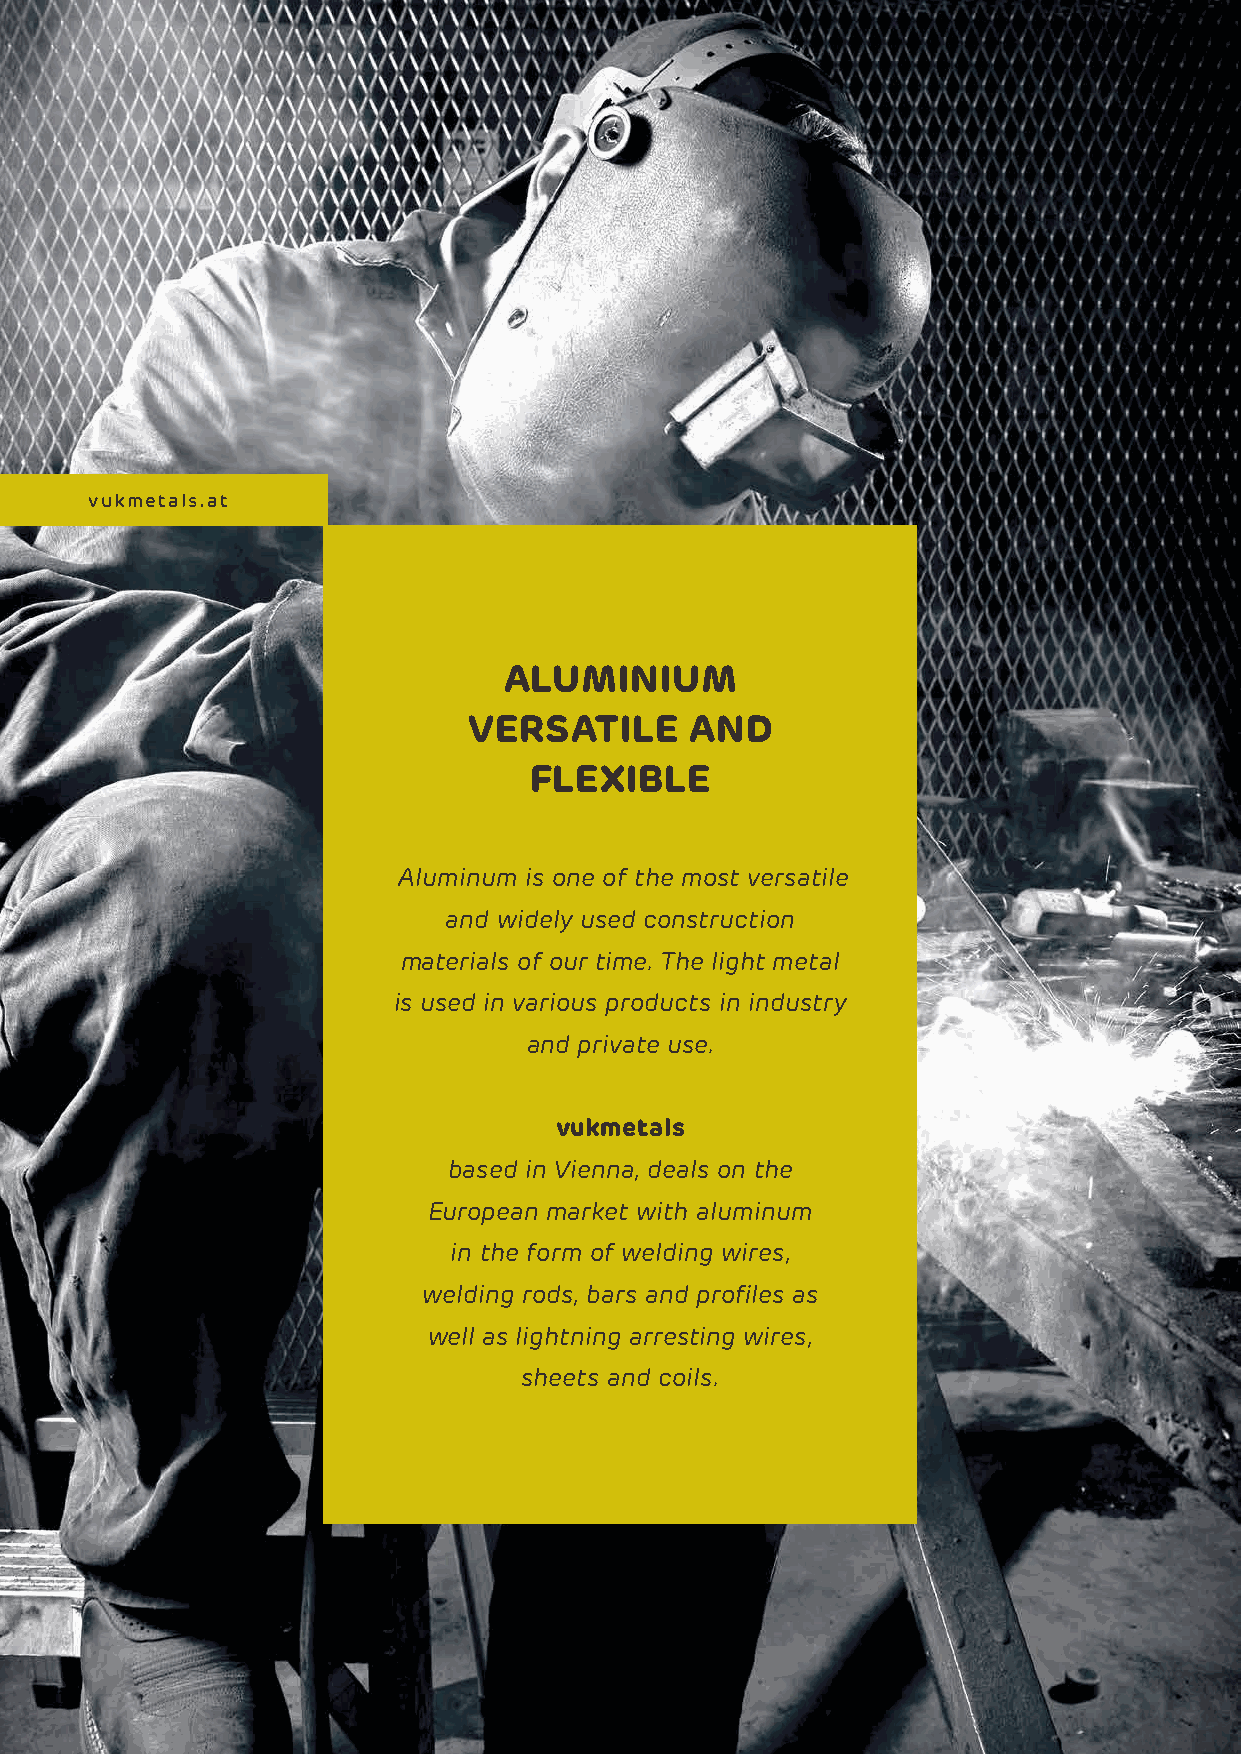
vukmetals.at
 Aluminium
 versAtile      And
 flexible
 Aluminum is one of the most versatile
 and widely used construction
 materials of our time. The light metal
 is used in various products in industry
 and private use.
 vukmetals
 based in Vienna, deals on the
 European market with aluminum
 in the form of welding wires,
 welding rods, bars and profiles as
 well as lightning arresting wires,
 sheets and coils.